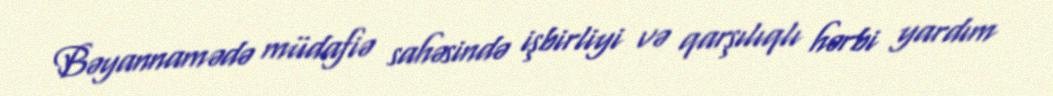
Bəyannamədə müdafiə sahəsində işbirliyi və qarşılıqlı hərbi yardım